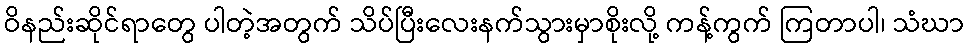
ဝိနည်းဆိုင်ရာတွေ ပါတဲ့အတွက် သိပ်ပြီးလေးနက်သွားမှာစိုးလို့ ကန့်ကွက် ကြတာပါ၊ သံဃာ